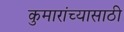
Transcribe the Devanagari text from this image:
कुमारांच्यासाठी